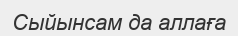
Сыйынсам да аллаға